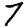
Digit: 7